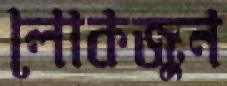
লোকজুন